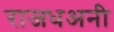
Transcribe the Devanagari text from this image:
राजधअनी